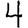
Digit: 4